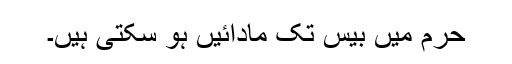
حرم میں بیس تک مادائیں ہو سکتی ہیں۔